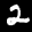
Label: 2